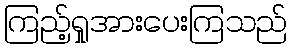
ကြည့်ရှုအားပေးကြသည်